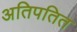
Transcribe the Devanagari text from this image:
अतिपतित